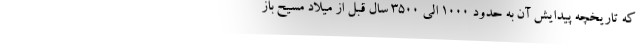
که تاریخچه پیدایش آن به حدود ۱۰۰۰ الی ۳۵۰۰ سال قبل از میلاد مسیح باز